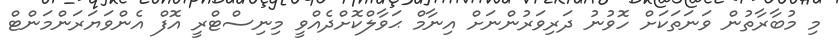
މި މުބާރާތުން ވަނަތަކަށް ހޮވުނު ދަރިވަރުންނަށް އިނާމް ޙަވާލްކޮށްދެއްވީ މިނިސްޓްރީ އޮފް އެންވަޔަރަންމަންޓް